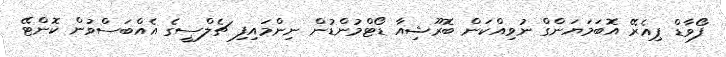
ފޯވާޑް ޕިއެރޭ އޮބަމަޔަންގް ނުވިއްކަން ބޮރޫޝިއާ ޑޯޓްމުންޑުން ނިންމައިފި ޗެލްސީގެ އެއްބަސްވުން ކޮންޓޭ